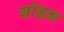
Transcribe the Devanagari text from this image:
ग्रोइक